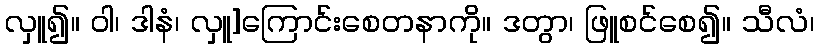
လှူ၍။ ဝါ၊ ဒါနံ၊ လှူ]ကြောင်းစေတနာကို။ ဒတွာ၊ ဖြူစင်စေ၍။ သီလံ၊